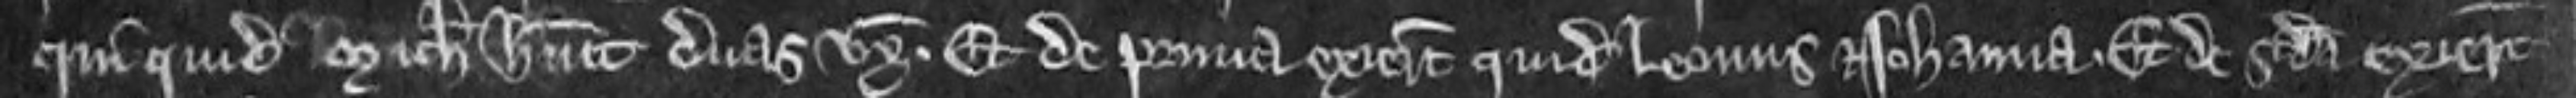
qui quidem Michaelis habuit duas uxores. Et de prima exierunt quidam Leonius et Johanna. et de secunda exierunt